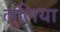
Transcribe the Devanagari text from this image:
लुलिया